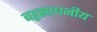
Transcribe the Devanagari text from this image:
बहुसाधनीय